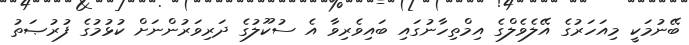
ބޭނުމަކީ މިއަހަރުގެ އޭލެވެލްގެ އިމްތިހާނުގައި ބައިވެރިވާ އެ ސުކޫލުގެ ދަރިވަރުންނަށް ކުޅުމުގެ ފުރުޞަތު